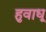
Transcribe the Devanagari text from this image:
हुवाधू